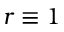
r \equiv 1